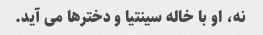
نه، او با خاله سینتیا و دخترها می آید.